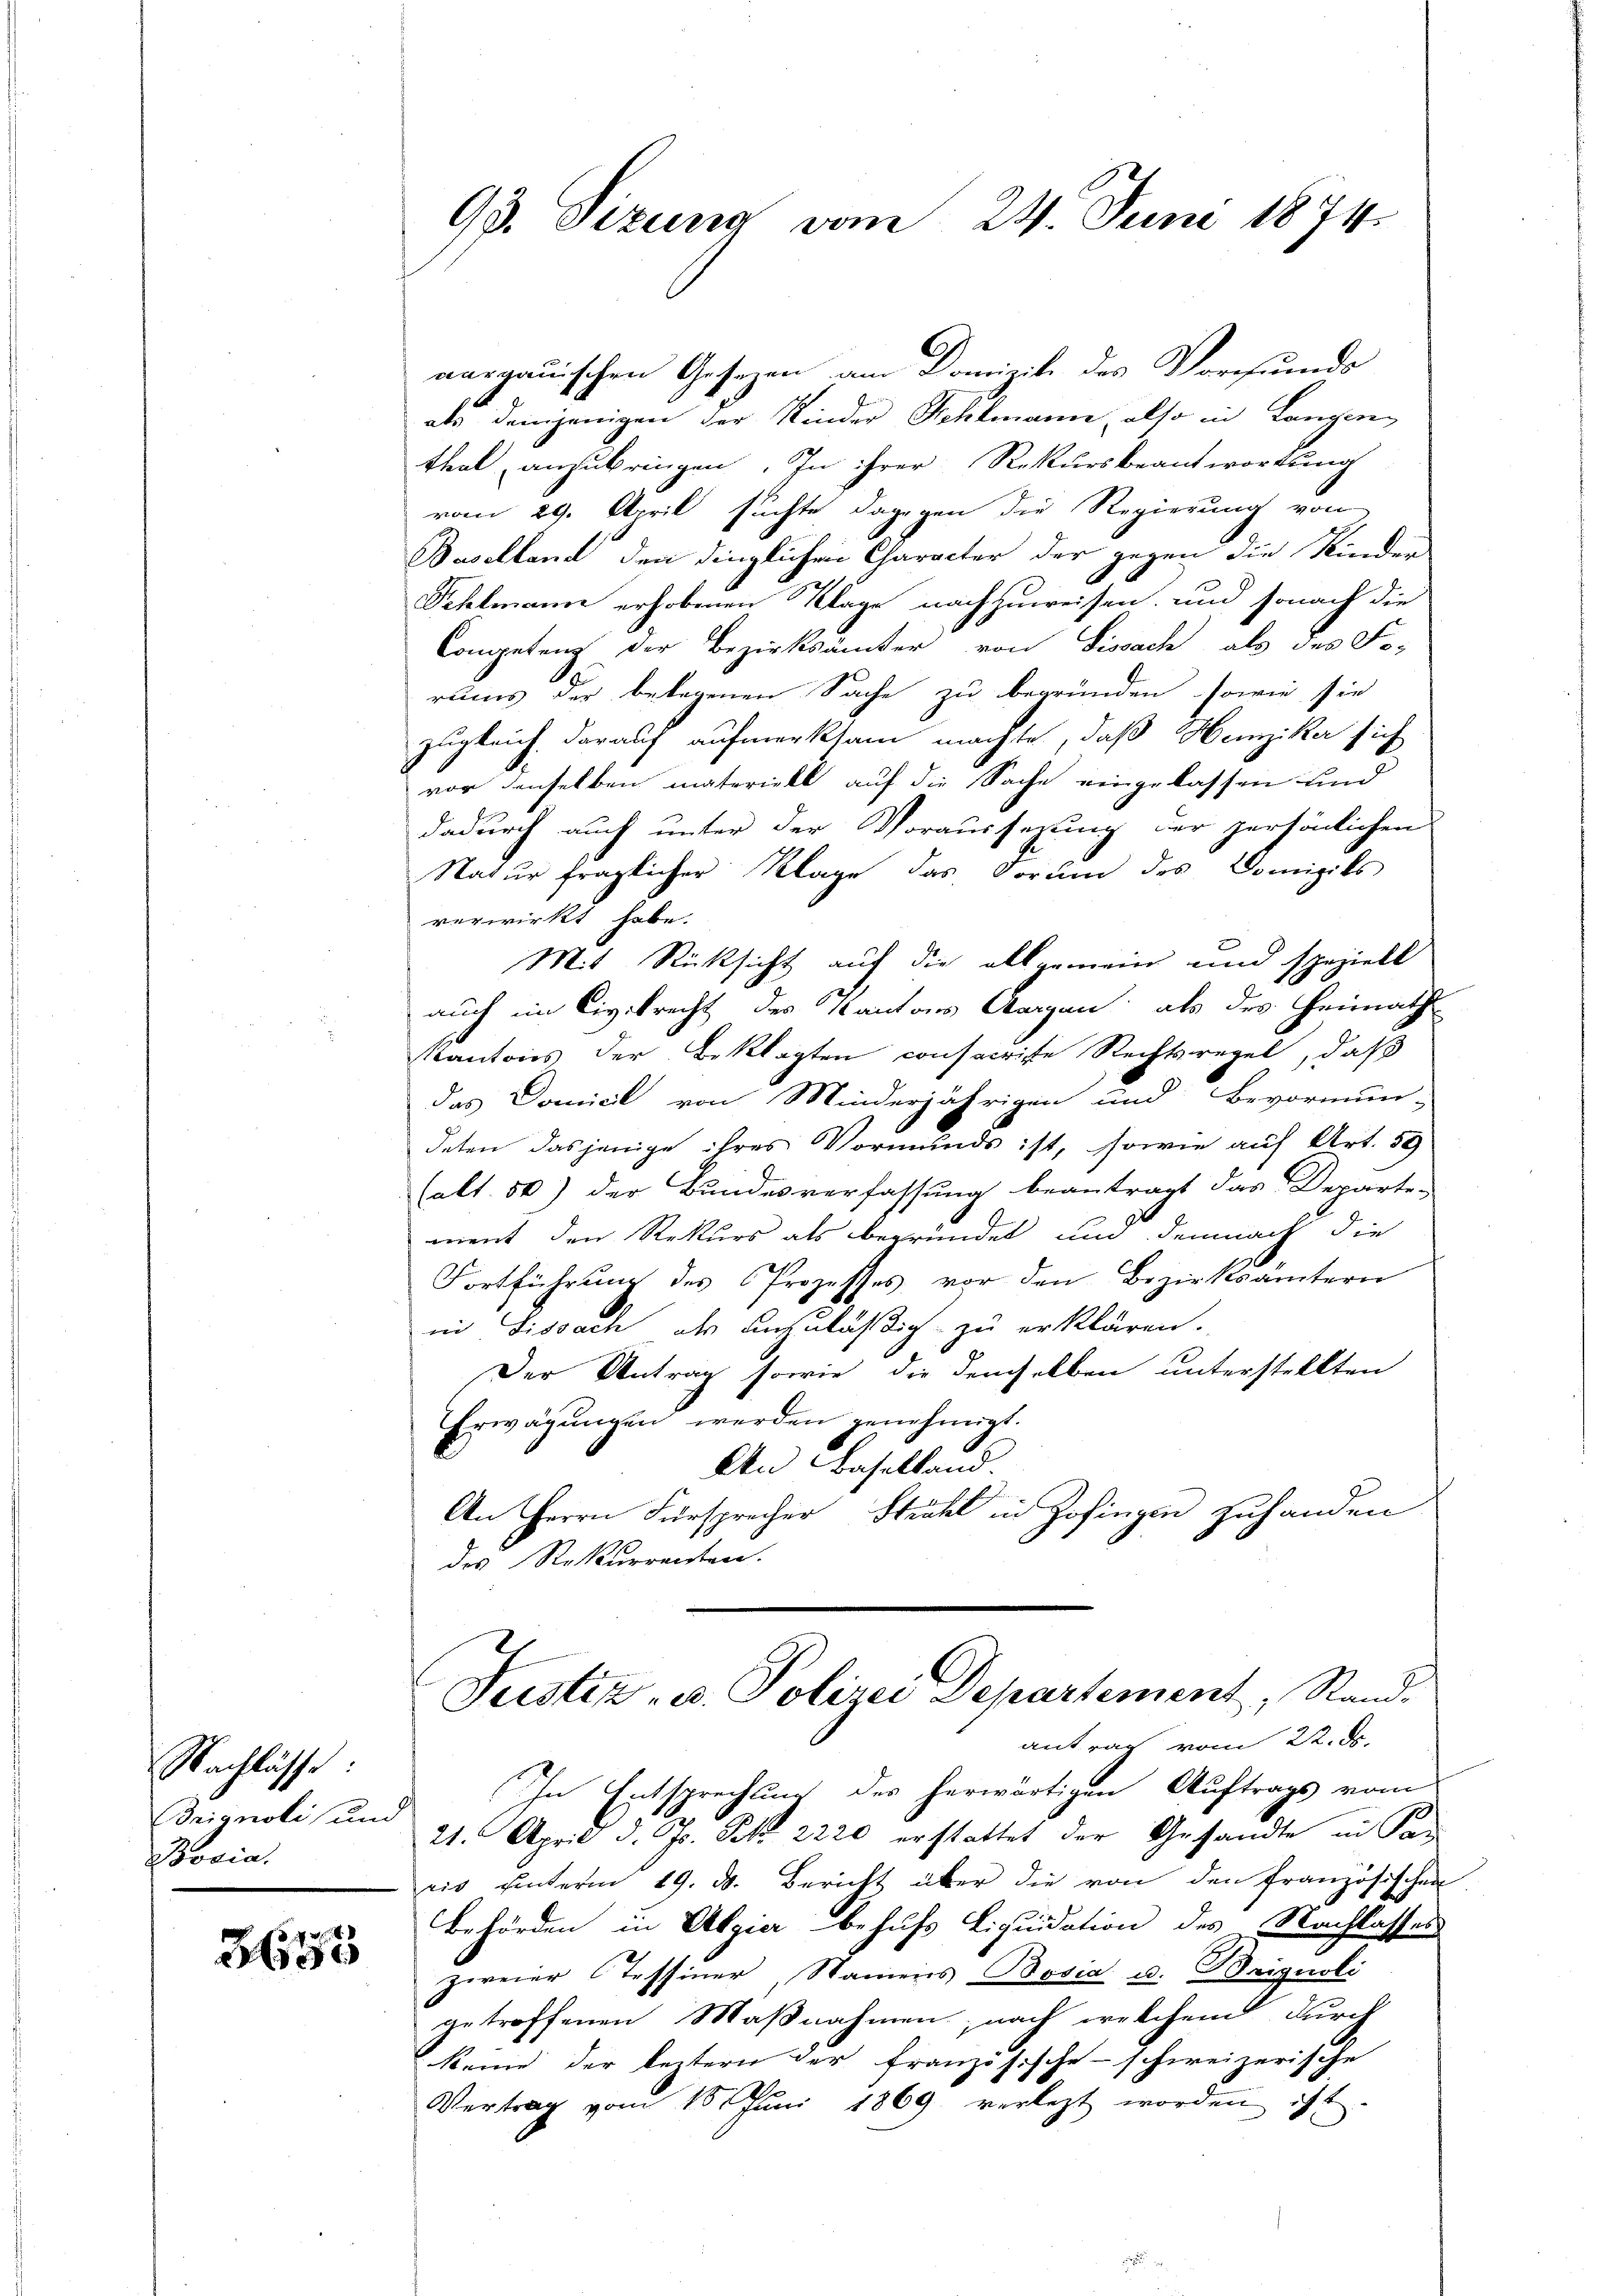
Nachlässe:
Trignoli (um
Bovia

2
330

93. Sizung vom 24. Juni 1874.

aargauischen Gesezen am Domizil des Vorfunds
als demjenigen der Kinder Schlmann, also in Langen
thal, anzubringen. In ihrer Rekursbeantwortung
vom 29. April suchte dagegen die Regierung von
Baselland den dinglichen Character der gegen die Kinder
Sehlmann erhobenen Klage nachzuweisen, und sonach die
Competenz der Bezirksämter von Sissach als des Forums der belegenen Sache zu begründen, sowie sie
zugleich darauf aufmerksam machte, daß Heinziker sich
vor denselben materiell auf die Sache eingelassen und
dadurch auch unter der Voraussezung der persönlichen
Natur fraglicher Klage das Vorum des Domizils
verwirkt habe.
Mit Rücksicht auf die allgemein und speziell
auch im Civilrecht des Kantons Aargau als des Heimath
Kantons der Beklagten consacriste Rechtsregel, daß
das Domicil von Minderjährigen und Bevormun-
deten dasjenige ihres Vormunds ist, sowie auf Art. 59
Calt. 50) der Bundesverfassung beantragt das Departe
ment den Rekurs als begründet und demnach die
Fortführung des Prozesses vor den Bezirksämtern
in Fissach als anzuläßig zu erklären.
Der Antrag sowie die demselben unterstellten
Erwägungen werden genehmigt.
An Baselland
An Herrn Fürsprecher Strahl in Zofingen zuhanden
der Rekurrenten.
Justiz- u. Polizei Departement, Stand.
antrag vom 22. d.
In Entsprechung des herwärtigen Auftrags vom
21. April d. Js. Frk. 2220 erstattet der Gesandte in Ka-
ris unterm 19. d. Bericht über die von den französischen
Behörden in Algier behufs Liquidation des Nachlasses
zweier Tessiner, Namens Bosia u. Brignoli
getroffenen Maßnahmen, nach welchem durch
keine der leztern der französische schweizerische
Vertrag vom 10. Juni 1869 verletzt worden ist.